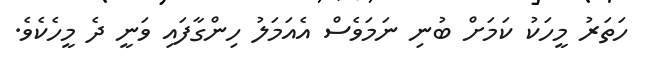
ހަތަރު މީހަކު ކަމަށް ބުނި ނަމަވެސް އެއަމަލު ހިންގާފައި ވަނީ ދެ މީހެކެވެ.